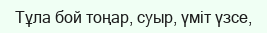
Тұла бой тоңар, суыр, үміт үзсе,